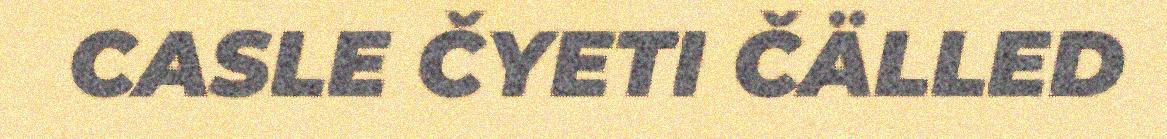
CASLE ČYETI ČÄLLED